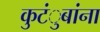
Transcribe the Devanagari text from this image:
कुटंुबांना